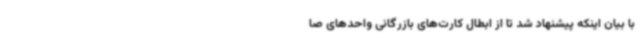
با بیان اینکه پیشنهاد شد تا از ابطال کارت‌های بازرگانی واحدهای صا